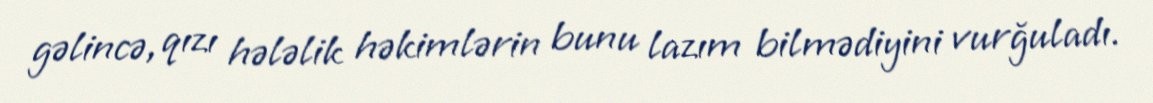
gəlincə, qızı hələlik həkimlərin bunu lazım bilmədiyini vurğuladı.